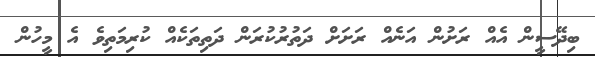
ބިދޭސީން އެއް ރަށުން އަނެއް ރަށަށް ދަތުރުކުރަން ދަތިތަކެއް ކުރިމަތިވެ އެ މީހުން